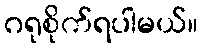
ဂရုစိုက်ရပါမယ်။